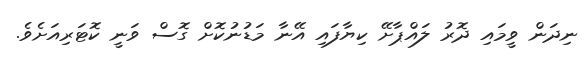
ނިދަން ވީމައި ދޮރު ލައްޕާށޭ ކިޔާފައި އޭނާ މަޑުނުކޮށް ގޮސް ވަނީ ކޮޓަރިއަށެވެ.